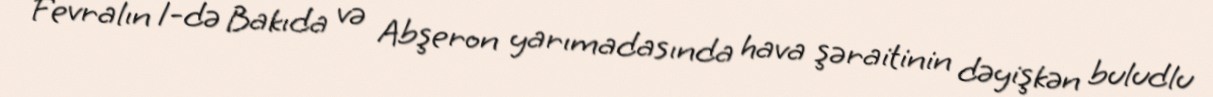
Fevralın 1-də Bakıda və Abşeron yarımadasında hava şəraitinin dəyişkən buludlu